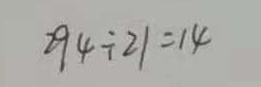
2 9 4 \div 2 1 = 1 4